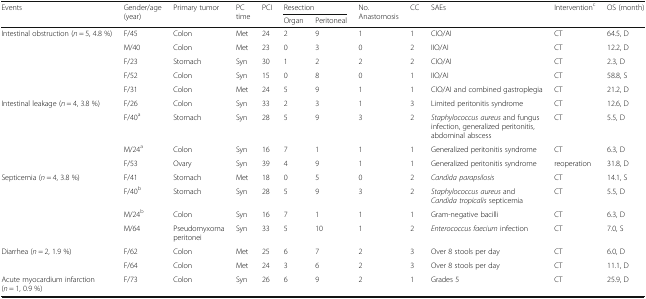
<table><thead><tr><td rowspan="2"><b>Events</b></td><td rowspan="2"><b>Gender/age (year)</b></td><td rowspan="2"><b>Primary tumor</b></td><td rowspan="2"><b>PC time</b></td><td rowspan="2"><b>PCI</b></td><td colspan="2"><b>Resection</b></td><td rowspan="2"><b>No. Anastomosis</b></td><td rowspan="2"><b>CC</b></td><td rowspan="2"><b>SAEs</b></td><td rowspan="2"><b>Intervention<sup>c</sup></b></td><td rowspan="2"><b>OS (month)</b></td></tr><tr><td><b>Organ</b></td><td><b>Peritoneal</b></td></tr></thead><tbody><tr><td rowspan="5">Intestinal obstruction (<i>n</i> = 5, 4.8 %)</td><td>F/45</td><td>Colon</td><td>Met</td><td>24</td><td>2</td><td>9</td><td>1</td><td>1</td><td>CIO/AI</td><td>CT</td><td>64.5, D</td></tr><tr><td>M/40</td><td>Colon</td><td>Met</td><td>23</td><td>0</td><td>3</td><td>0</td><td>2</td><td>IIO/AI</td><td>CT</td><td>12.2, D</td></tr><tr><td>F/23</td><td>Stomach</td><td>Syn</td><td>30</td><td>1</td><td>2</td><td>2</td><td>2</td><td>CIO/AI</td><td>CT</td><td>2.3, D</td></tr><tr><td>F/52</td><td>Colon</td><td>Syn</td><td>15</td><td>0</td><td>8</td><td>0</td><td>1</td><td>IIO/AI</td><td>CT</td><td>58.8, S</td></tr><tr><td>F/31</td><td>Colon</td><td>Met</td><td>24</td><td>5</td><td>9</td><td>1</td><td>1</td><td>CIO/AI and combined gastroplegia</td><td>CT</td><td>21.2, D</td></tr><tr><td rowspan="4">Intestinal leakage (<i>n</i> = 4, 3.8 %)</td><td>F/26</td><td>Colon</td><td>Syn</td><td>33</td><td>2</td><td>3</td><td>1</td><td>3</td><td>Limited peritonitis syndrome</td><td>CT</td><td>12.6, D</td></tr><tr><td>F/40<sup>a</sup></td><td>Stomach</td><td>Syn</td><td>28</td><td>5</td><td>9</td><td>3</td><td>2</td><td><i>Staphylococcus aureus</i> and fungus infection, generalized peritonitis, abdominal abscess</td><td>CT</td><td>5.5, D</td></tr><tr><td>M/24<sup>a</sup></td><td>Colon</td><td>Syn</td><td>16</td><td>7</td><td>1</td><td>1</td><td>1</td><td>Generalized peritonitis syndrome</td><td>CT</td><td>6.3, D</td></tr><tr><td>F/53</td><td>Ovary</td><td>Syn</td><td>39</td><td>4</td><td>9</td><td>1</td><td>1</td><td>Generalized peritonitis syndrome</td><td>reoperation</td><td>31.8, D</td></tr><tr><td rowspan="4">Septicemia (<i>n</i> = 4, 3.8 %)</td><td>F/41</td><td>Stomach</td><td>Met</td><td>18</td><td>0</td><td>5</td><td>0</td><td>2</td><td><i>Candida parapsilosis</i></td><td>CT</td><td>14.1, S</td></tr><tr><td>F/40<sup>b</sup></td><td>Stomach</td><td>Syn</td><td>28</td><td>5</td><td>9</td><td>3</td><td>2</td><td><i>Staphylococcus aureus</i> and <i>Candida tropicalis</i> septicemia</td><td>CT</td><td>5.5, D</td></tr><tr><td>M/24<sup>b</sup></td><td>Colon</td><td>Syn</td><td>16</td><td>7</td><td>1</td><td>1</td><td>1</td><td>Gram-negative bacilli</td><td>CT</td><td>6.3, D</td></tr><tr><td>M/64</td><td>Pseudomyxoma peritonei</td><td>Syn</td><td>33</td><td>5</td><td>10</td><td>1</td><td>2</td><td><i>Enterococcus faecium</i> infection</td><td>CT</td><td>7.0, S</td></tr><tr><td rowspan="2">Diarrhea (<i>n</i> = 2, 1.9 %)</td><td>F/62</td><td>Colon</td><td>Met</td><td>25</td><td>6</td><td>7</td><td>2</td><td>3</td><td>Over 8 stools per day</td><td>CT</td><td>6.0, D</td></tr><tr><td>F/64</td><td>Colon</td><td>Met</td><td>24</td><td>3</td><td>6</td><td>2</td><td>3</td><td>Over 8 stools per day</td><td>CT</td><td>11.1, D</td></tr><tr><td>Acute myocardium infarction (<i>n</i> = 1, 0.9 %)</td><td>F/73</td><td>Colon</td><td>Syn</td><td>26</td><td>6</td><td>9</td><td>2</td><td>1</td><td>Grades 5</td><td>CT</td><td>25.9, D</td></tr></tbody></table>